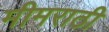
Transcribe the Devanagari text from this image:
मीमराठी